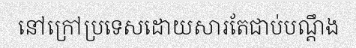
នៅក្រៅប្រទេសដោយសារតែជាប់បណ្តឹង